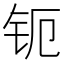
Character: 𰽞